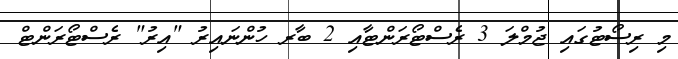
މި ރިސޯޓުގައި ޖުމްލަ 3 ރެސްޓޯރަންޓާއި 2 ބާރ ހުންނައިރު "އިރު" ރެސްޓޯރަންޓް